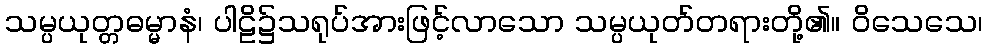
သမ္ပယုတ္တဓမ္မာနံ၊ ပါဠိ၌သရုပ်အားဖြင့်လာသော သမ္ပယုတ်တရားတို့၏။ ဝိသေသေ၊